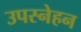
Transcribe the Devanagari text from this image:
उपस्नेहन